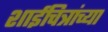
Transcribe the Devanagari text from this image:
शाईचित्रांच्या